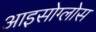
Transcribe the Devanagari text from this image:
आइसोग्लोस